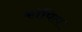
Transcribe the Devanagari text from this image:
कॉपिल